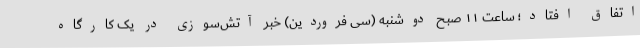
اتفاق افتاد؛ ساعت ۱۱ صبح دوشنبه (سی فروردین) خبر آتش‌سوزی در یک کارگاه